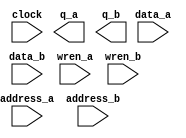
// megafunction wizard: %RAM: 2-PORT%VBB%
// GENERATION: STANDARD
// VERSION: WM1.0
// MODULE: altsyncram 

// ============================================================
// Megafunction Name(s):
// 			altsyncram
//
// Simulation Library Files(s):
// 			altera_mf
// ============================================================
// ************************************************************
// THIS IS A WIZARD-GENERATED FILE. DO NOT EDIT THIS FILE!
//
// 11.0 Build 208 07/03/2011 SP 1 SJ Web Edition
// ************************************************************

//Copyright (C) 1991-2011 Altera Corporation
//Your use of Altera Corporation's design tools, logic functions 
//and other software and tools, and its AMPP partner logic 
//functions, and any output files from any of the foregoing 
//(including device programming or simulation files), and any 
//associated documentation or information are expressly subject 
//to the terms and conditions of the Altera Program License 
//Subscription Agreement, Altera MegaCore Function License 
//Agreement, or other applicable license agreement, including, 
//without limitation, that your use is for the sole purpose of 
//programming logic devices manufactured by Altera and sold by 
//Altera or its authorized distributors.  Please refer to the 
//applicable agreement for further details.

module mem (
	address_a,
	address_b,
	clock,
	data_a,
	data_b,
	wren_a,
	wren_b,
	q_a,
	q_b);

	input	[9:0]  address_a;
	input	[9:0]  address_b;
	input	  clock;
	input	[31:0]  data_a;
	input	[31:0]  data_b;
	input	  wren_a;
	input	  wren_b;
	output	[31:0]  q_a;
	output	[31:0]  q_b;
`ifndef ALTERA_RESERVED_QIS
// synopsys translate_off
`endif
	tri1	  clock;
	tri0	  wren_a;
	tri0	  wren_b;
`ifndef ALTERA_RESERVED_QIS
// synopsys translate_on
`endif

endmodule

// ============================================================
// CNX file retrieval info
// ============================================================
// Retrieval info: PRIVATE: ADDRESSSTALL_A NUMERIC "0"
// Retrieval info: PRIVATE: ADDRESSSTALL_B NUMERIC "0"
// Retrieval info: PRIVATE: BYTEENA_ACLR_A NUMERIC "0"
// Retrieval info: PRIVATE: BYTEENA_ACLR_B NUMERIC "0"
// Retrieval info: PRIVATE: BYTE_ENABLE_A NUMERIC "0"
// Retrieval info: PRIVATE: BYTE_ENABLE_B NUMERIC "0"
// Retrieval info: PRIVATE: BYTE_SIZE NUMERIC "8"
// Retrieval info: PRIVATE: BlankMemory NUMERIC "1"
// Retrieval info: PRIVATE: CLOCK_ENABLE_INPUT_A NUMERIC "0"
// Retrieval info: PRIVATE: CLOCK_ENABLE_INPUT_B NUMERIC "0"
// Retrieval info: PRIVATE: CLOCK_ENABLE_OUTPUT_A NUMERIC "0"
// Retrieval info: PRIVATE: CLOCK_ENABLE_OUTPUT_B NUMERIC "0"
// Retrieval info: PRIVATE: CLRdata NUMERIC "0"
// Retrieval info: PRIVATE: CLRq NUMERIC "0"
// Retrieval info: PRIVATE: CLRrdaddress NUMERIC "0"
// Retrieval info: PRIVATE: CLRrren NUMERIC "0"
// Retrieval info: PRIVATE: CLRwraddress NUMERIC "0"
// Retrieval info: PRIVATE: CLRwren NUMERIC "0"
// Retrieval info: PRIVATE: Clock NUMERIC "0"
// Retrieval info: PRIVATE: Clock_A NUMERIC "0"
// Retrieval info: PRIVATE: Clock_B NUMERIC "0"
// Retrieval info: PRIVATE: ECC NUMERIC "0"
// Retrieval info: PRIVATE: ECC_PIPELINE_STAGE NUMERIC "0"
// Retrieval info: PRIVATE: IMPLEMENT_IN_LES NUMERIC "0"
// Retrieval info: PRIVATE: INDATA_ACLR_B NUMERIC "0"
// Retrieval info: PRIVATE: INDATA_REG_B NUMERIC "1"
// Retrieval info: PRIVATE: INIT_FILE_LAYOUT STRING "PORT_A"
// Retrieval info: PRIVATE: INIT_TO_SIM_X NUMERIC "0"
// Retrieval info: PRIVATE: INTENDED_DEVICE_FAMILY STRING "Cyclone"
// Retrieval info: PRIVATE: JTAG_ENABLED NUMERIC "0"
// Retrieval info: PRIVATE: JTAG_ID STRING "NONE"
// Retrieval info: PRIVATE: MAXIMUM_DEPTH NUMERIC "0"
// Retrieval info: PRIVATE: MEMSIZE NUMERIC "32768"
// Retrieval info: PRIVATE: MEM_IN_BITS NUMERIC "0"
// Retrieval info: PRIVATE: MIFfilename STRING ""
// Retrieval info: PRIVATE: OPERATION_MODE NUMERIC "3"
// Retrieval info: PRIVATE: OUTDATA_ACLR_B NUMERIC "0"
// Retrieval info: PRIVATE: OUTDATA_REG_B NUMERIC "0"
// Retrieval info: PRIVATE: RAM_BLOCK_TYPE NUMERIC "0"
// Retrieval info: PRIVATE: READ_DURING_WRITE_MODE_MIXED_PORTS NUMERIC "2"
// Retrieval info: PRIVATE: READ_DURING_WRITE_MODE_PORT_A NUMERIC "3"
// Retrieval info: PRIVATE: READ_DURING_WRITE_MODE_PORT_B NUMERIC "3"
// Retrieval info: PRIVATE: REGdata NUMERIC "1"
// Retrieval info: PRIVATE: REGq NUMERIC "0"
// Retrieval info: PRIVATE: REGrdaddress NUMERIC "0"
// Retrieval info: PRIVATE: REGrren NUMERIC "0"
// Retrieval info: PRIVATE: REGwraddress NUMERIC "1"
// Retrieval info: PRIVATE: REGwren NUMERIC "1"
// Retrieval info: PRIVATE: SYNTH_WRAPPER_GEN_POSTFIX STRING "0"
// Retrieval info: PRIVATE: USE_DIFF_CLKEN NUMERIC "0"
// Retrieval info: PRIVATE: UseDPRAM NUMERIC "1"
// Retrieval info: PRIVATE: VarWidth NUMERIC "0"
// Retrieval info: PRIVATE: WIDTH_READ_A NUMERIC "32"
// Retrieval info: PRIVATE: WIDTH_READ_B NUMERIC "32"
// Retrieval info: PRIVATE: WIDTH_WRITE_A NUMERIC "32"
// Retrieval info: PRIVATE: WIDTH_WRITE_B NUMERIC "32"
// Retrieval info: PRIVATE: WRADDR_ACLR_B NUMERIC "0"
// Retrieval info: PRIVATE: WRADDR_REG_B NUMERIC "1"
// Retrieval info: PRIVATE: WRCTRL_ACLR_B NUMERIC "0"
// Retrieval info: PRIVATE: enable NUMERIC "0"
// Retrieval info: PRIVATE: rden NUMERIC "0"
// Retrieval info: LIBRARY: altera_mf altera_mf.altera_mf_components.all
// Retrieval info: CONSTANT: ADDRESS_ACLR_A STRING "NONE"
// Retrieval info: CONSTANT: ADDRESS_ACLR_B STRING "NONE"
// Retrieval info: CONSTANT: ADDRESS_REG_B STRING "CLOCK0"
// Retrieval info: CONSTANT: INDATA_ACLR_A STRING "NONE"
// Retrieval info: CONSTANT: INDATA_ACLR_B STRING "NONE"
// Retrieval info: CONSTANT: INDATA_REG_B STRING "CLOCK0"
// Retrieval info: CONSTANT: INTENDED_DEVICE_FAMILY STRING "Cyclone"
// Retrieval info: CONSTANT: LPM_TYPE STRING "altsyncram"
// Retrieval info: CONSTANT: NUMWORDS_A NUMERIC "1024"
// Retrieval info: CONSTANT: NUMWORDS_B NUMERIC "1024"
// Retrieval info: CONSTANT: OPERATION_MODE STRING "BIDIR_DUAL_PORT"
// Retrieval info: CONSTANT: OUTDATA_ACLR_A STRING "NONE"
// Retrieval info: CONSTANT: OUTDATA_ACLR_B STRING "NONE"
// Retrieval info: CONSTANT: OUTDATA_REG_A STRING "UNREGISTERED"
// Retrieval info: CONSTANT: OUTDATA_REG_B STRING "UNREGISTERED"
// Retrieval info: CONSTANT: POWER_UP_UNINITIALIZED STRING "FALSE"
// Retrieval info: CONSTANT: READ_DURING_WRITE_MODE_MIXED_PORTS STRING "DONT_CARE"
// Retrieval info: CONSTANT: WIDTHAD_A NUMERIC "10"
// Retrieval info: CONSTANT: WIDTHAD_B NUMERIC "10"
// Retrieval info: CONSTANT: WIDTH_A NUMERIC "32"
// Retrieval info: CONSTANT: WIDTH_B NUMERIC "32"
// Retrieval info: CONSTANT: WIDTH_BYTEENA_A NUMERIC "1"
// Retrieval info: CONSTANT: WIDTH_BYTEENA_B NUMERIC "1"
// Retrieval info: CONSTANT: WRCONTROL_ACLR_A STRING "NONE"
// Retrieval info: CONSTANT: WRCONTROL_ACLR_B STRING "NONE"
// Retrieval info: CONSTANT: WRCONTROL_WRADDRESS_REG_B STRING "CLOCK0"
// Retrieval info: USED_PORT: address_a 0 0 10 0 INPUT NODEFVAL "address_a[9..0]"
// Retrieval info: USED_PORT: address_b 0 0 10 0 INPUT NODEFVAL "address_b[9..0]"
// Retrieval info: USED_PORT: clock 0 0 0 0 INPUT VCC "clock"
// Retrieval info: USED_PORT: data_a 0 0 32 0 INPUT NODEFVAL "data_a[31..0]"
// Retrieval info: USED_PORT: data_b 0 0 32 0 INPUT NODEFVAL "data_b[31..0]"
// Retrieval info: USED_PORT: q_a 0 0 32 0 OUTPUT NODEFVAL "q_a[31..0]"
// Retrieval info: USED_PORT: q_b 0 0 32 0 OUTPUT NODEFVAL "q_b[31..0]"
// Retrieval info: USED_PORT: wren_a 0 0 0 0 INPUT GND "wren_a"
// Retrieval info: USED_PORT: wren_b 0 0 0 0 INPUT GND "wren_b"
// Retrieval info: CONNECT: @address_a 0 0 10 0 address_a 0 0 10 0
// Retrieval info: CONNECT: @address_b 0 0 10 0 address_b 0 0 10 0
// Retrieval info: CONNECT: @clock0 0 0 0 0 clock 0 0 0 0
// Retrieval info: CONNECT: @data_a 0 0 32 0 data_a 0 0 32 0
// Retrieval info: CONNECT: @data_b 0 0 32 0 data_b 0 0 32 0
// Retrieval info: CONNECT: @wren_a 0 0 0 0 wren_a 0 0 0 0
// Retrieval info: CONNECT: @wren_b 0 0 0 0 wren_b 0 0 0 0
// Retrieval info: CONNECT: q_a 0 0 32 0 @q_a 0 0 32 0
// Retrieval info: CONNECT: q_b 0 0 32 0 @q_b 0 0 32 0
// Retrieval info: GEN_FILE: TYPE_NORMAL mem.v TRUE
// Retrieval info: GEN_FILE: TYPE_NORMAL mem.inc FALSE
// Retrieval info: GEN_FILE: TYPE_NORMAL mem.cmp FALSE
// Retrieval info: GEN_FILE: TYPE_NORMAL mem.bsf FALSE
// Retrieval info: GEN_FILE: TYPE_NORMAL mem_inst.v FALSE
// Retrieval info: GEN_FILE: TYPE_NORMAL mem_bb.v TRUE
// Retrieval info: LIB_FILE: altera_mf